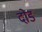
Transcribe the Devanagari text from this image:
दोड